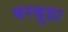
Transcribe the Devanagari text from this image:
बरबूडा